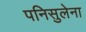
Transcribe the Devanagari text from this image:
पनिसुलेना